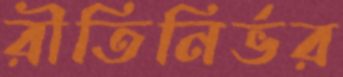
রীতিনির্ভর